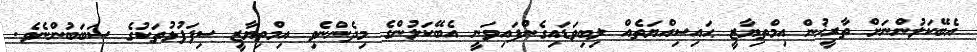
އެބޭކަލުންނަށް ތާރީޚުން އިމްތިޔާޒީ ޙައިސިއްޔަތެއް ލިބިވަޑައިގެންފައިވަނީ އެބޭކަލުންގެ މިދެންނެވި އިމްތިޔާޒީ ސިފަފުޅުތަކުގެ ސަބަބުންނެވެ.